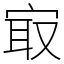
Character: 㝡